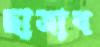
ছাত্রাব